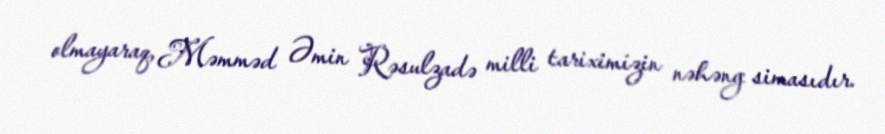
olmayaraq, Məmməd Əmin Rəsulzadə milli tariximizin nəhəng simasıdır.